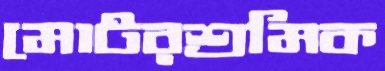
মোটরশ্রমিক